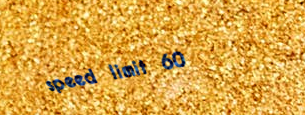
speed limit 60